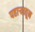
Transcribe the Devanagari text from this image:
पहाऱ्यातून